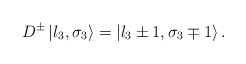
\begin{align*}D^{\pm }\left| l_{3},\sigma _{3}\right\rangle =\left| l_{3}\pm 1,\sigma_{3}\mp 1\right\rangle .\end{align*}